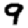
Digit: 9